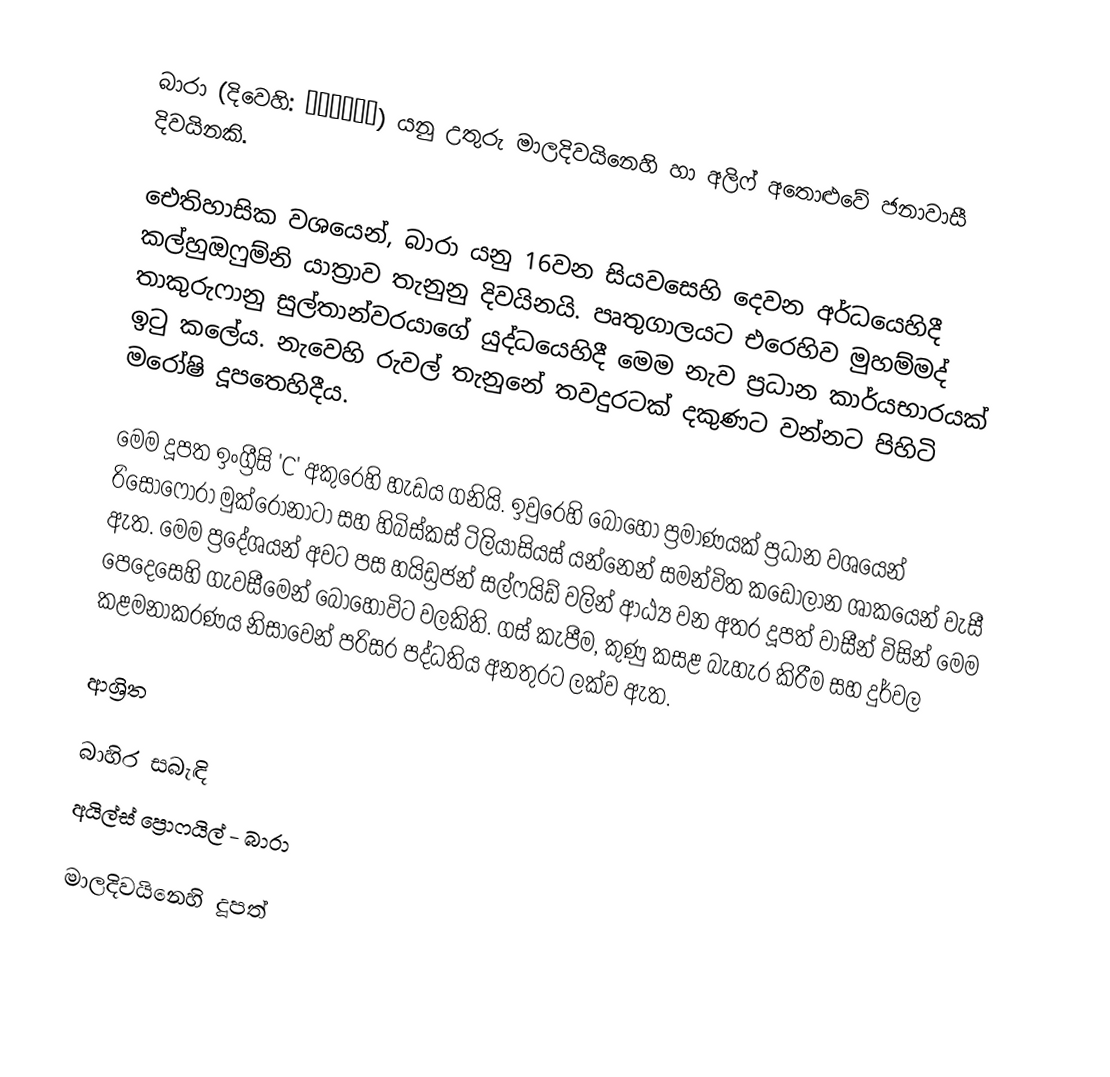
බාරා (දිවෙහි: ބާރަށް) යනු  උතුරු මාලදිවයිනෙහි  හා අලිෆ් අතොළුවේ ජනාවාසී දිවයිනකි.

ඓතිහාසික වශයෙන්, බාරා යනු  16වන සියවසෙහි දෙවන අර්ධයෙහිදී  කල්හුඔෆුම්නි යාත්‍රාව තැනුනු දිවයිනයි. පෘතුගාලයට එරෙහිව මුහම්මද් තාකුරුෆානු සුල්තාන්වරයාගේ යුද්ධයෙහිදී මෙම නැව ප්‍රධාන කාර්යභාරයක් ඉටු කලේය. නැවෙහි රුවල් තැනුනේ තවදුරටක් දකුණට වන්නට පිහිටි  මරෝෂි දූපතෙහිදීය.

මෙම දූපත ඉංග්‍රීසි  'C' අකුරෙහි හැඩය ගනියි. ඉවුරෙහි බොහෝ ප්‍රමාණයක් ප්‍රධාන වශයෙන් රිසොෆෝරා මුක්රොනාටා සහ හිබිස්කස් ටිලියාසියස් යන්නෙන් සමන්විත කඩොලාන ශාකයෙන් වැසී ඇත. මෙම ප්‍රදේශයන් අවට පස  හයිඩ්‍රජන් සල්ෆයිඩ් වලින් ආඨ්‍ය වන අතර දූපත් වාසීන් විසින් මෙම පෙදෙසෙහි ගැවසීමෙන් බොහෝවිට  වලකිති. ගස් කැපීම, කුණු කසළ බැහැර කිරීම සහ දුර්වල කළමනාකරණය නිසාවෙන් පරිසර පද්ධතිය අනතුරට ලක්ව ඇත.

ආශ්‍රිත

බාහිර සබැඳි
අයිල්ස් ප්‍රොෆයිල් - බාරා

මාලදිවයිනෙහි දූපත්